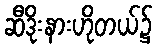
ဆီဒိုးနားဟိုတယ်၌